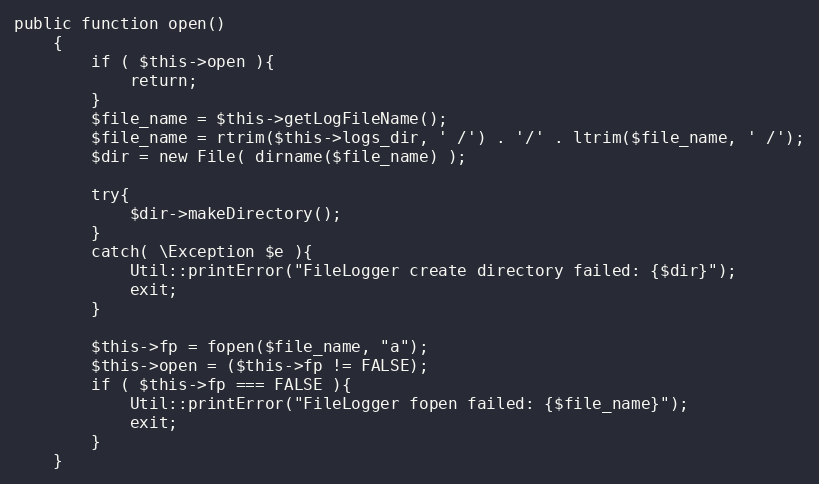
Language: PHP
public function open()
    {
        if ( $this->open ){
            return;
        }
        $file_name = $this->getLogFileName();
        $file_name = rtrim($this->logs_dir, ' /') . '/' . ltrim($file_name, ' /');
        $dir = new File( dirname($file_name) );

        try{
            $dir->makeDirectory();
        }
        catch( \Exception $e ){
            Util::printError("FileLogger create directory failed: {$dir}");
            exit;
        }

        $this->fp = fopen($file_name, "a");
        $this->open = ($this->fp != FALSE);
        if ( $this->fp === FALSE ){
            Util::printError("FileLogger fopen failed: {$file_name}");
            exit;
        }
    }